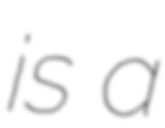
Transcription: is a